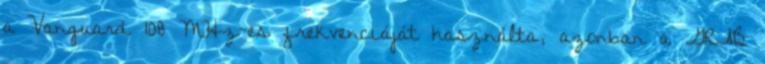
a Vanguard 108 MHz-es frekvenciáját használta, azonban a GRAB